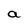
Character: a